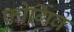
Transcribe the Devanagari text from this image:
फोर्गिव